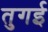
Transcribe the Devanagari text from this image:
तुगई